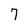
Character: 7